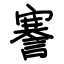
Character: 謇